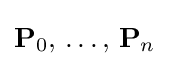
\mathbf {P} _{0},\,\dots ,\,\mathbf {P} _{n}